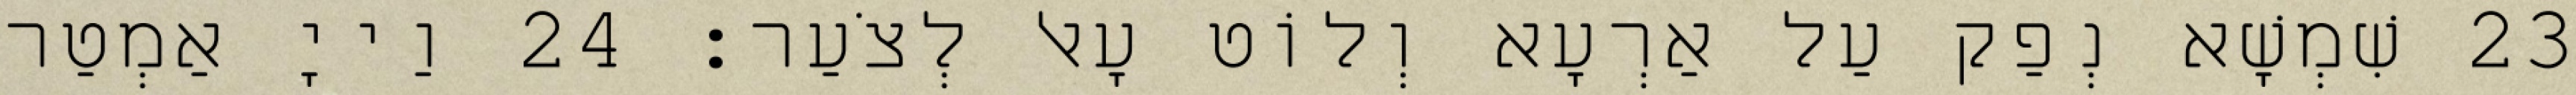
23 שִׁמְשָׁא נְפַק עַל אַרְעָא וְלוֹט עָאל לְצֹעַר׃ 24 וַייָ אַמְטַר